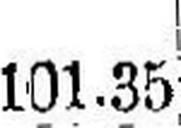
101.35